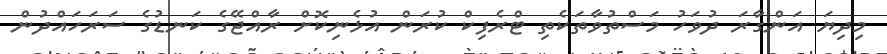
މިދިޔަ އަންގާރަ ދުވަހު މަސްތުވާތަކެތި ޓްރެފިކް ކުރަން އުޅެނިކޮށް ރާއްޖޭގެ ކަނޑުގެ ސަރަހައްދުން